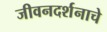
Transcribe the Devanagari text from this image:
जीवनदर्शनाचे